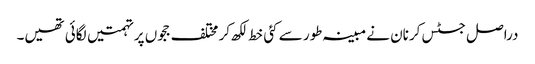
دراصل جسٹس کرنان نے مبینہ طور سے کئی خط لکھ کر مختلف ججوں پر تہمتیں لگائی تھیں۔